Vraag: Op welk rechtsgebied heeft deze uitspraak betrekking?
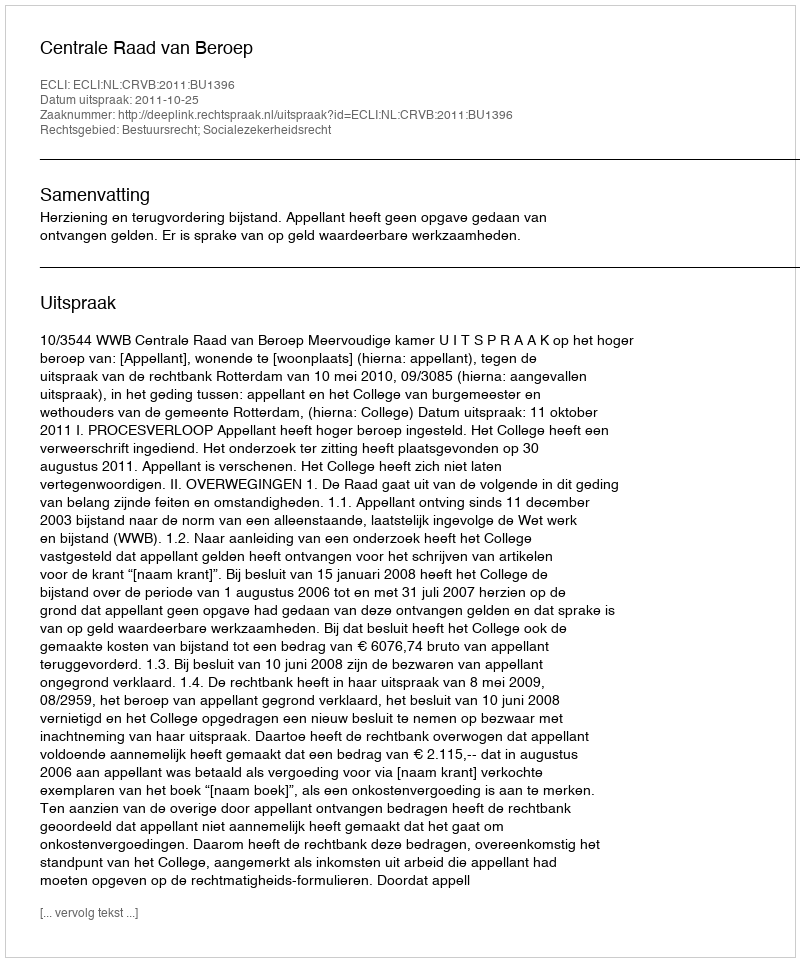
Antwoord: Bestuursrecht; Socialezekerheidsrecht